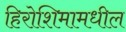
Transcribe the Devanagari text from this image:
हिरोशिमामधील